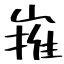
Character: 嶊